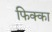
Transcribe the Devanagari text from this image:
फिक्का